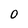
Character: 0